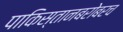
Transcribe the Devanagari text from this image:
पाकिस्तानबरोबरच